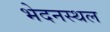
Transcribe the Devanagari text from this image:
भेदनस्थल